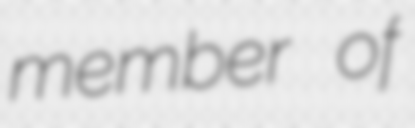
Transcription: member of